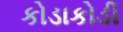
કોડાકોડી